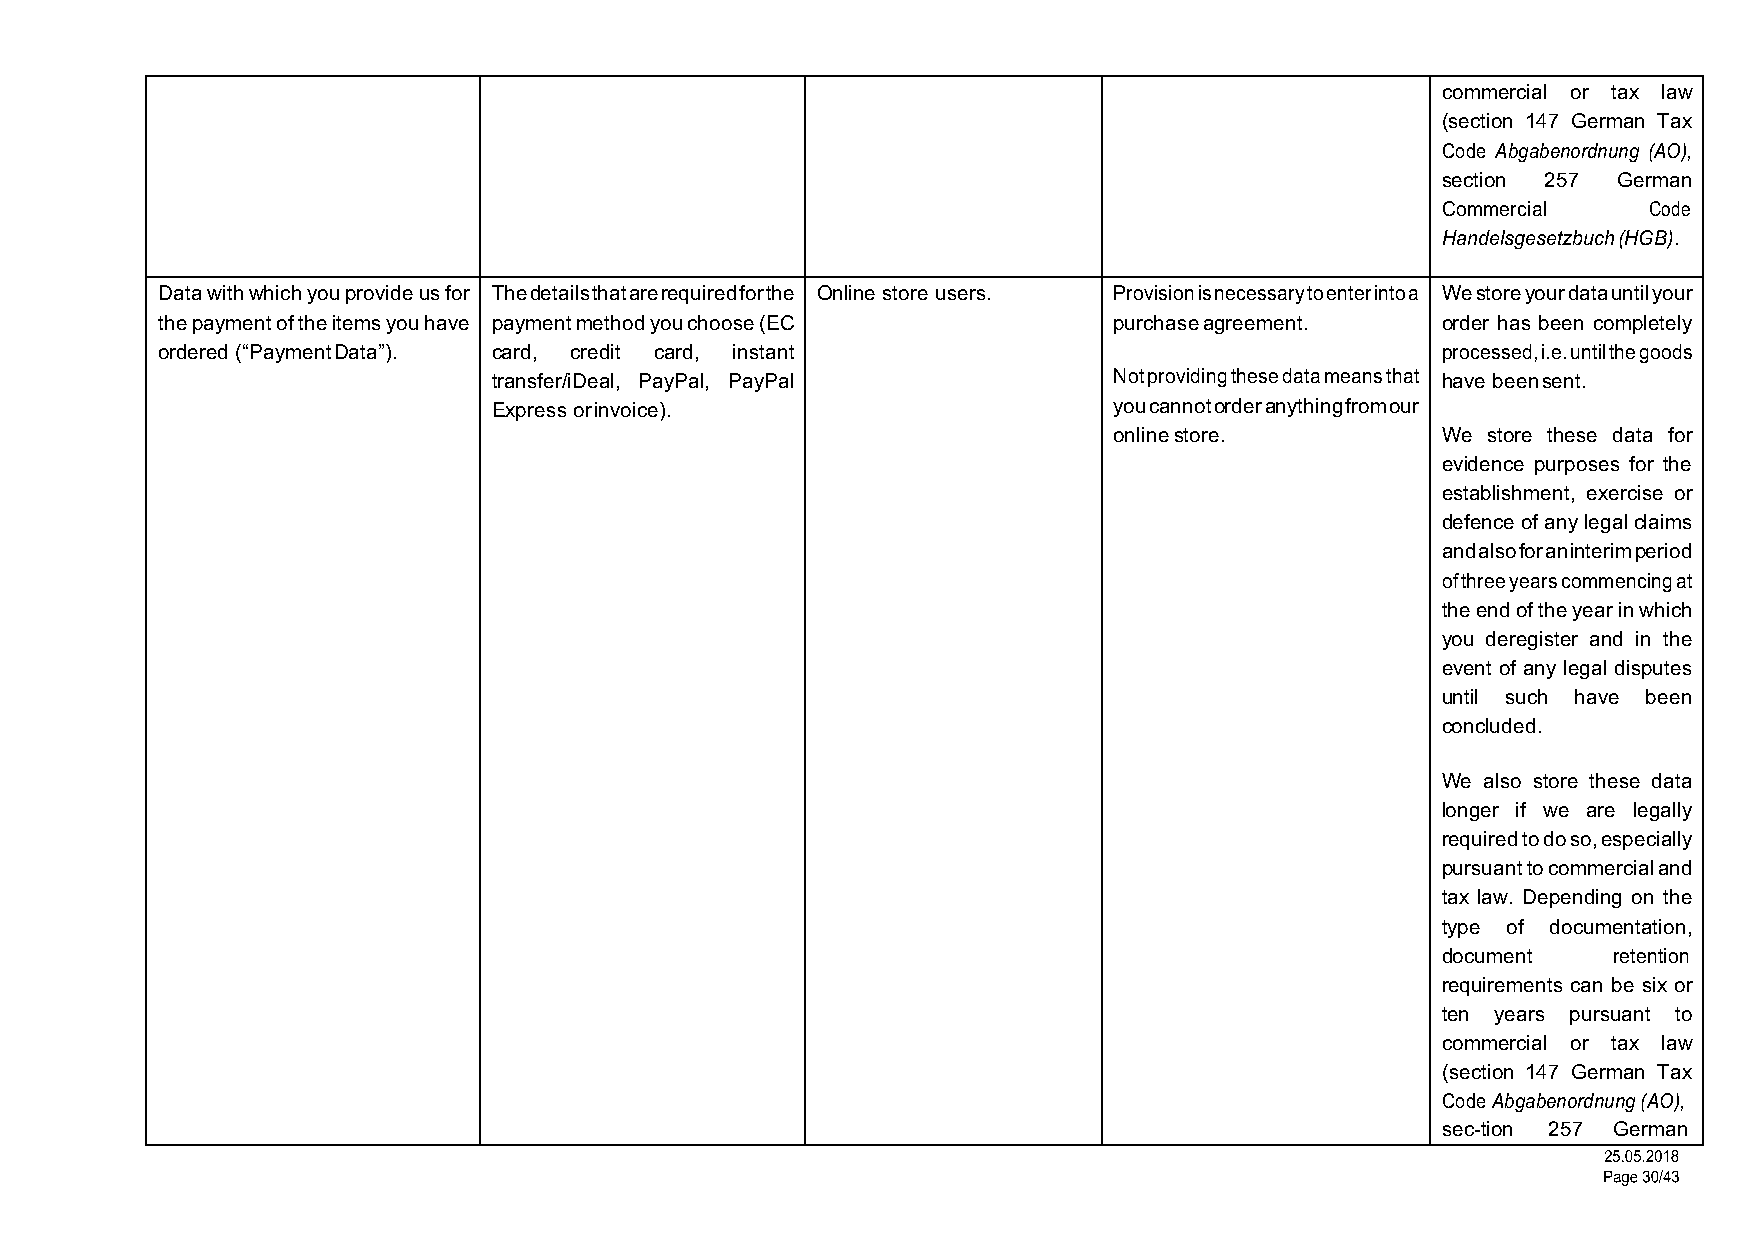
commercial or tax law
 (section 147 German Tax
 Code Abgabenordnung (AO),
 section 257 German
 Commercial    Code
 Handelsgesetzbuch (HGB).
 Data with which you provide us for The details that are required for the Online store users. Provision is necessary to enter into a We store your data until your
 the payment of the items you have payment method you choose (EC purchase agreement.  order has been completely
 ordered (“Payment Data”). card, credit card, instant                                 processed, i.e. until the goods
 transfer/iDeal, PayPal, PayPal           Not providing these data means that have been sent.
 Express or invoice).                     you cannot order anything from our
 online store.        We store these data for
 evidence purposes for the
 establishment, exercise or
 defence of any legal claims
 and also for an interim period
 of three years commencing at
 the end of the year in which
 you deregister and in the
 event of any legal disputes
 until such have been
 concluded.
 We also store these data
 longer if we are legally
 required to do so, especially
 pursuant to commercial and
 tax law. Depending on the
 type of documentation,
 document    retention
 requirements can be six or
 ten years pursuant to
 commercial or tax law
 (section 147 German Tax
 Code Abgabenordnung (AO),
 sec-tion 257 German